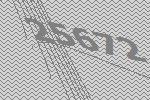
25672